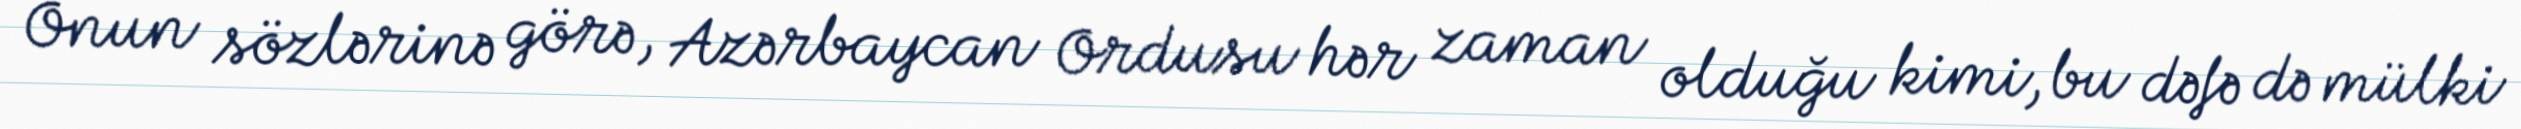
Onun sözlərinə görə, Azərbaycan Ordusu hər zaman olduğu kimi, bu dəfə də mülki